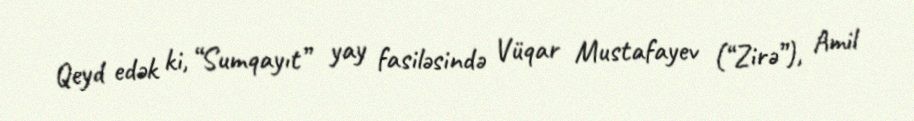
Qeyd edək ki, “Sumqayıt” yay fasiləsində Vüqar Mustafayev (“Zirə”), Amil